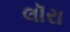
લૉરા